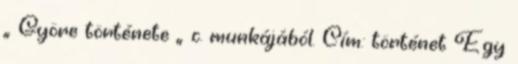
„ Györe története „ c. munkájából. Cím: történet Egy